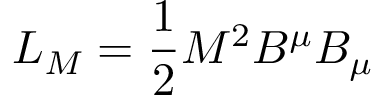
L _ { M } = \frac { 1 } { 2 } M ^ { 2 } B ^ { \mu } B _ { \mu }